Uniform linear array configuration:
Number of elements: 48
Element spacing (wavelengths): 0.25
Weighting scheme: hamming
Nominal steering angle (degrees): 45
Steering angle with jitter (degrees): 46.486
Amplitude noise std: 0.05
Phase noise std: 0.05

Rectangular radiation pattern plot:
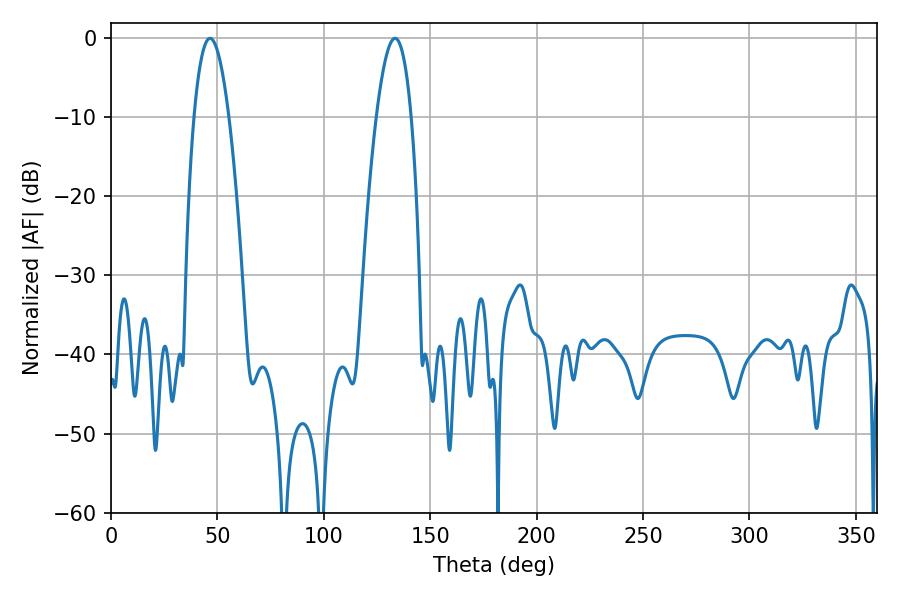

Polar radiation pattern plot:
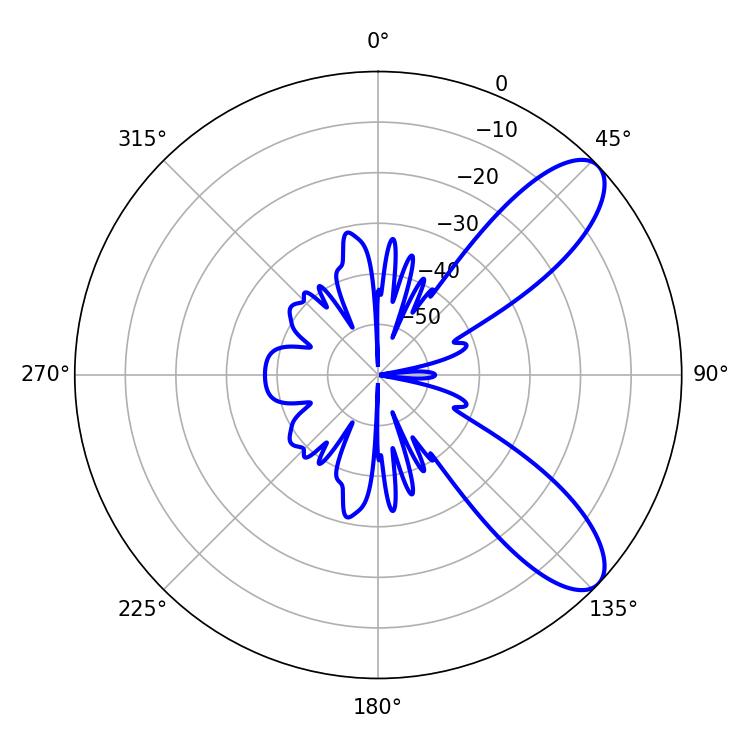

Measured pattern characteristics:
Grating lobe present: FALSE
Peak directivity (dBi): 9.088
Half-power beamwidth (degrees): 9
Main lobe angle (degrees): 46.44